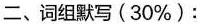
二、词组默写(30%)：